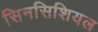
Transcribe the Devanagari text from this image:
सिनसिशियल